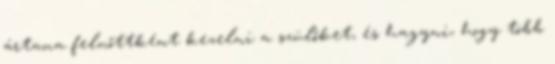
ártana felnőttként kezelni a szülőket, és hagyni, hogy több